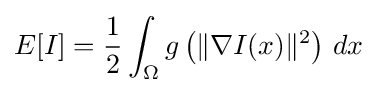
E[I]={\frac {1}{2}}\int _{\Omega }g\left(\|\nabla I(x)\|^{2}\right)\,dx